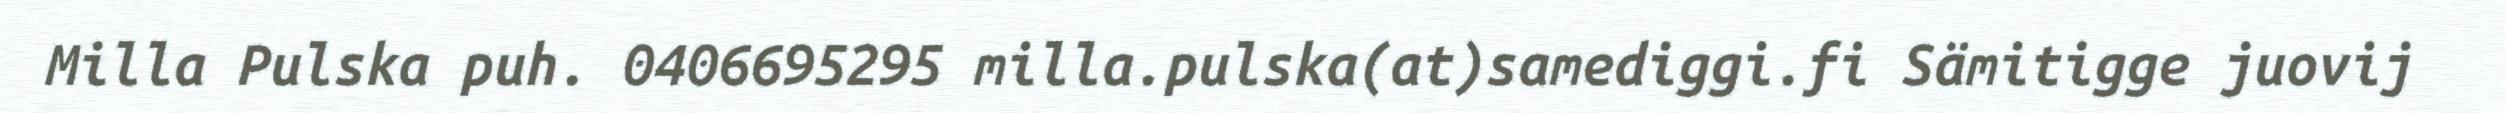
Milla Pulska puh. 0406695295 milla.pulska(at)samediggi.fi Sämitigge juovij